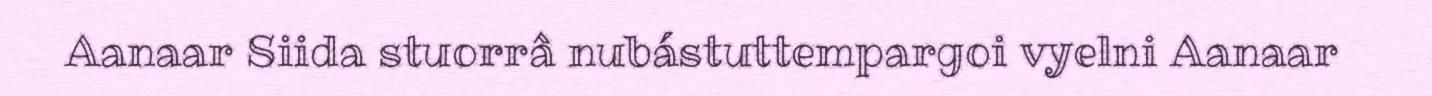
Aanaar Siida stuorrâ nubástuttempargoi vyelni Aanaar